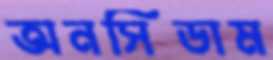
অনসিডাম